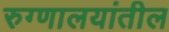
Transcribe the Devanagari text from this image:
रुग्णालयांतील